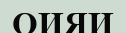
ОИЯИ